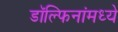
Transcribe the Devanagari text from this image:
डॉल्फिनांमध्ये